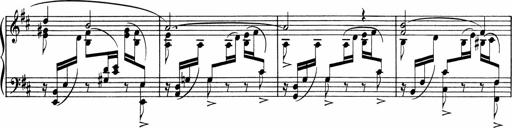
Title: Sonatine pour piano
Composer: Albert Roussel